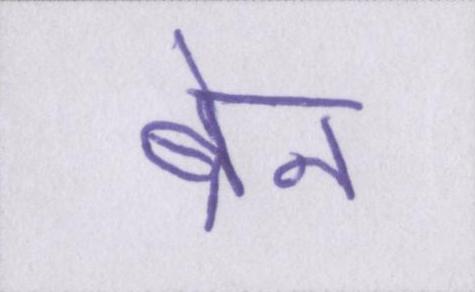
ब्रेन